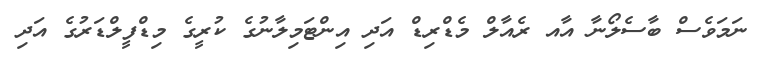
ނަމަވެސް ބާސެލޯނާ އާއ ރެއާލް މެޑްރިޑް އަދި އިންޓަމިލާނުގެ ކުރީގެ މިޑްފީލްޑަރުގެ އަދި